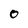
Character: 0